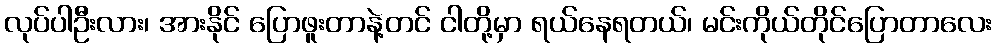
လုပ်ပါဦးလား၊ အားနိုင် ပြောဖူးတာနဲ့တင် ငါတို့မှာ ရယ်နေရတယ်၊ မင်းကိုယ်တိုင်ပြောတာလေး